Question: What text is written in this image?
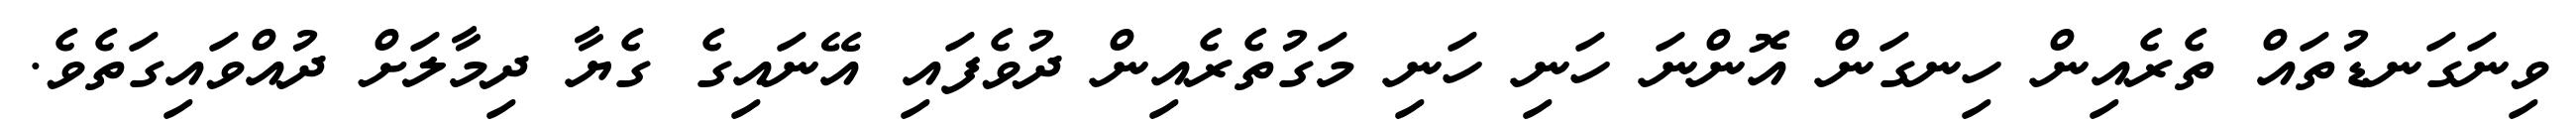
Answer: ވިނަގަނޑުތައް ތެރެއިން ހިނގަން އޮންނަ ހަނި ހަނި މަގުތެރެއިން ދުވެފައި އޭނައިގެ ގެޔާ ދިމާލަށް ދުއްވައިގަތެވެ.